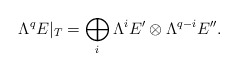
\begin{align*}\Lambda^qE|_T=\bigoplus_i\Lambda^iE'\otimes\Lambda^{q-i}E''.\end{align*}